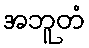
အဘူတံ